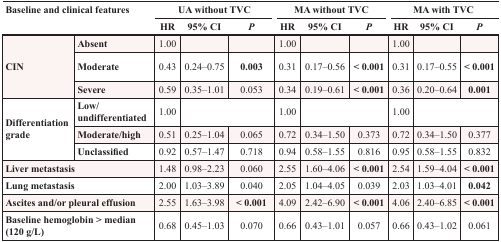
<table><thead><tr><td rowspan="2" colspan="2"><b>Baseline and clinical features</b></td><td colspan="3"><b>UA without TVC</b></td><td colspan="3"><b>MA without TVC</b></td><td colspan="3"><b>MA with TVC</b></td></tr><tr><td><b>HR</b></td><td><b>95% CI</b></td><td><b><i>P</i></b></td><td><b>HR</b></td><td><b>95% CI</b></td><td><b><i>P</i></b></td><td><b>HR</b></td><td><b>95% CI</b></td><td><b><i>P</i></b></td></tr></thead><tbody><tr><td rowspan="3"><b>CIN</b></td><td><b>Absent</b></td><td>1.00</td><td></td><td></td><td>1.00</td><td></td><td></td><td>1.00</td><td></td><td></td></tr><tr><td><b>Moderate</b></td><td>0.43</td><td>0.24–0.75</td><td><b>0.003</b></td><td>0.31</td><td>0.17–0.56</td><td><b>&lt; 0.001</b></td><td>0.31</td><td>0.17–0.55</td><td><b>&lt; 0.001</b></td></tr><tr><td><b>Severe</b></td><td>0.59</td><td>0.35–1.01</td><td>0.053</td><td>0.34</td><td>0.19–0.61</td><td><b>&lt; 0.001</b></td><td>0.36</td><td>0.20–0.64</td><td><b>0.001</b></td></tr><tr><td rowspan="3"><b>Differentiation grade</b></td><td><b>Low/undifferentiated</b></td><td>1.00</td><td colspan="2"></td><td>1.00</td><td colspan="2"></td><td>1.00</td><td colspan="2"></td></tr><tr><td><b>Moderate/high</b></td><td>0.51</td><td>0.25–1.04</td><td>0.065</td><td>0.72</td><td>0.34–1.50</td><td>0.373</td><td>0.72</td><td>0.34–1.50</td><td>0.377</td></tr><tr><td><b>Unclassified</b></td><td>0.92</td><td>0.57–1.47</td><td>0.718</td><td>0.94</td><td>0.58–1.55</td><td>0.816</td><td>0.95</td><td>0.58–1.55</td><td>0.832</td></tr><tr><td colspan="2"><b>Liver metastasis</b></td><td>1.48</td><td>0.98–2.23</td><td>0.060</td><td>2.55</td><td>1.60–4.06</td><td><b>&lt; 0.001</b></td><td>2.54</td><td>1.59–4.04</td><td><b>&lt; 0.001</b></td></tr><tr><td colspan="2"><b>Lung metastasis</b></td><td>2.00</td><td>1.03–3.89</td><td>0.040</td><td>2.05</td><td>1.04–4.05</td><td>0.039</td><td>2.03</td><td>1.03–4.01</td><td><b>0.042</b></td></tr><tr><td colspan="2"><b>Ascites and/or pleural effusion</b></td><td>2.55</td><td>1.63–3.98</td><td><b>&lt; 0.001</b></td><td>4.09</td><td>2.42–6.90</td><td><b>&lt; 0.001</b></td><td>4.06</td><td>2.40–6.85</td><td><b>&lt; 0.001</b></td></tr><tr><td colspan="2"><b>Baseline hemoglobin &gt; median (120 g/L)</b></td><td>0.68</td><td>0.45–1.03</td><td>0.070</td><td>0.66</td><td>0.43–1.01</td><td>0.057</td><td>0.66</td><td>0.43–1.02</td><td>0.061</td></tr></tbody></table>